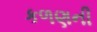
કળણની